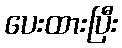
ပေးထားပြီး